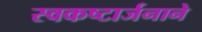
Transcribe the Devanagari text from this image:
स्वकष्टार्जनाने